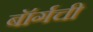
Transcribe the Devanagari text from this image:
बॉर्गची